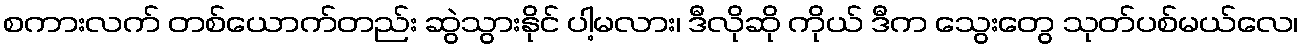
စကားလက် တစ်ယောက်တည်း ဆွဲသွားနိုင် ပါ့မလား၊ ဒီလိုဆို ကိုယ် ဒီက သွေးတွေ သုတ်ပစ်မယ်လေ၊